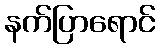
နက်ပြာရောင်